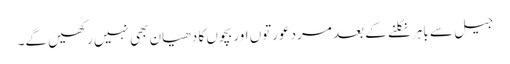
جیل سے باہر نکلنے کے بعد مرد عورتوں اور بچوں کا دھیان بھی نہیں رکھیں گے۔